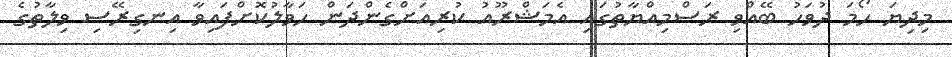
މިދިޔަ ހޯމަ ދުވަހު ބޭއްވި ރަސްމިއްޔާތުގައި އެމަޝްރޫއު ކުރިއަށްގެންދަން ހަވާލުކޮށްފައިވާ އިނގިރޭސި ވިލާތުގެ